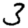
Digit: 3